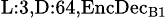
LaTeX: _{\textrm{L}:3,\textrm{D}:64,\textrm{EncDec}_{\textrm{B}1}}